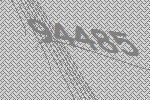
94485